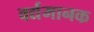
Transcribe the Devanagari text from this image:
वर्द्यमानक